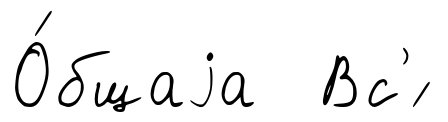
О́бщаjа Вс'́